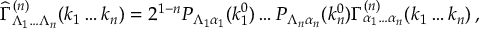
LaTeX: { \widehat \Gamma } _ { \Lambda _ { 1 } \dots \Lambda _ { n } } ^ { ( n ) } ( k _ { 1 } \dots k _ { n } ) = 2 ^ { 1 - n } P _ { \Lambda _ { 1 } \alpha _ { 1 } } ( k _ { 1 } ^ { 0 } ) \dots P _ { \Lambda _ { n } \alpha _ { n } } ( k _ { n } ^ { 0 } ) \Gamma _ { \alpha _ { 1 } \dots \alpha _ { n } } ^ { ( n ) } ( k _ { 1 } \dots k _ { n } ) \, ,